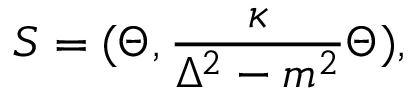
S = ( \Theta , { \frac { \kappa } { \Delta ^ { 2 } - m ^ { 2 } } } \Theta ) ,